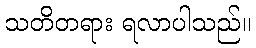
သတိတရား ရလာပါသည်။